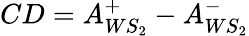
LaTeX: CD=A_{WS_{2}}^{+}-A_{WS_{2}}^{-}